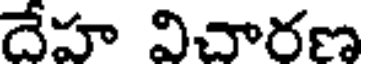
దేహ విచారణ